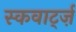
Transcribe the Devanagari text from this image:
स्कवार्ट्ज़